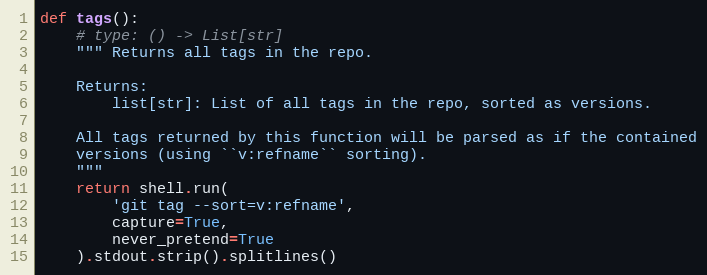
Language: Python
def tags():
    # type: () -> List[str]
    """ Returns all tags in the repo.

    Returns:
        list[str]: List of all tags in the repo, sorted as versions.

    All tags returned by this function will be parsed as if the contained
    versions (using ``v:refname`` sorting).
    """
    return shell.run(
        'git tag --sort=v:refname',
        capture=True,
        never_pretend=True
    ).stdout.strip().splitlines()